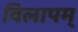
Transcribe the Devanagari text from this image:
विलापम्